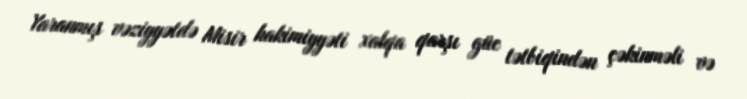
Yaranmış vəziyyətdə Misir hakimiyyəti xalqa qarşı güc tətbiqindən çəkinməli və